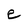
Character: e